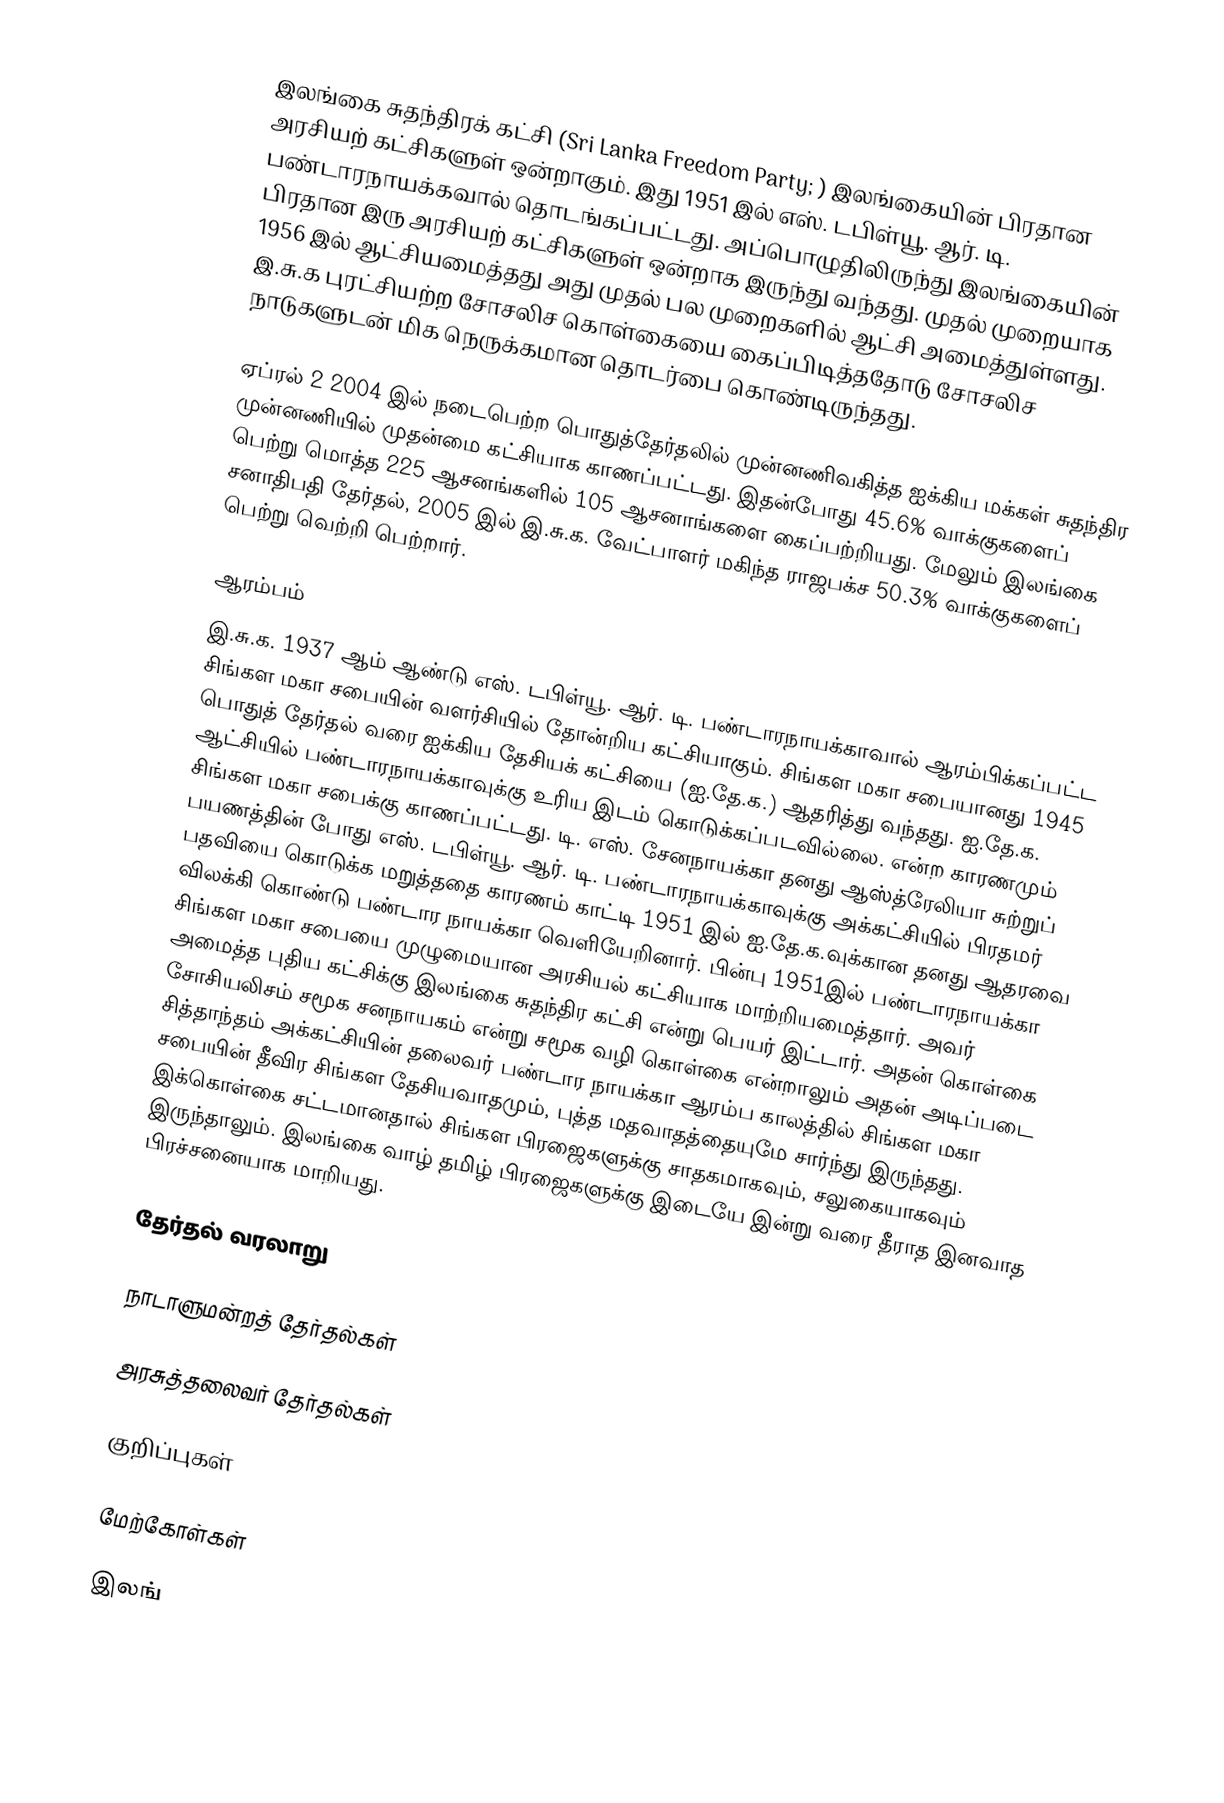
இலங்கை சுதந்திரக் கட்சி (Sri Lanka Freedom Party; ) இலங்கையின் பிரதான அரசியற் கட்சிகளுள் ஒன்றாகும். இது 1951 இல் எஸ். டபிள்யூ. ஆர். டி. பண்டாரநாயக்கவால் தொடங்கப்பட்டது. அப்பொழுதிலிருந்து இலங்கையின் பிரதான இரு அரசியற் கட்சிகளுள் ஒன்றாக இருந்து வந்தது. முதல் முறையாக 1956 இல் ஆட்சியமைத்தது அது முதல் பல முறைகளில் ஆட்சி அமைத்துள்ளது. இ.சு.க புரட்சியற்ற சோசலிச கொள்கையை கைப்பிடித்ததோடு சோசலிச நாடுகளுடன் மிக நெருக்கமான தொடர்பை கொண்டிருந்தது.

ஏப்ரல் 2 2004 இல் நடைபெற்ற பொதுத்தேர்தலில் முன்னணிவகித்த ஐக்கிய மக்கள் சுதந்திர முன்னணியில் முதன்மை கட்சியாக காணப்பட்டது. இதன்போது 45.6% வாக்குகளைப் பெற்று மொத்த 225 ஆசனங்களில் 105 ஆசனாங்களை கைப்பற்றியது. மேலும் இலங்கை சனாதிபதி தேர்தல், 2005 இல் இ.சு.க. வேட்பாளர் மகிந்த ராஜபக்ச 50.3% வாக்குகளைப் பெற்று வெற்றி பெற்றார்.

ஆரம்பம்
இ.சு.க. 1937 ஆம் ஆண்டு எஸ். டபிள்யூ. ஆர். டி. பண்டாரநாயக்காவால் ஆரம்பிக்கப்பட்ட சிங்கள மகா சபையின் வளர்சியில் தோன்றிய கட்சியாகும். சிங்கள மகா சபையானது 1945 பொதுத் தேர்தல் வரை ஐக்கிய தேசியக் கட்சியை (ஐ.தே.க.) ஆதரித்து வந்தது. ஐ.தே.க. ஆட்சியில் பண்டாரநாயக்காவுக்கு உரிய இடம் கொடுக்கப்படவில்லை. என்ற காரணமும் சிங்கள மகா சபைக்கு காணப்பட்டது. டி. எஸ். சேனநாயக்கா தனது ஆஸ்த்ரேலியா சுற்றுப் பயணத்தின் போது எஸ். டபிள்யூ. ஆர். டி. பண்டாரநாயக்காவுக்கு அக்கட்சியில் பிரதமர் பதவியை கொடுக்க மறுத்ததை காரணம் காட்டி 1951 இல் ஐ.தே.க.வுக்கான தனது ஆதரவை விலக்கி கொண்டு பண்டார நாயக்கா வெளியேறினார். பின்பு 1951இல் பண்டாரநாயக்கா சிங்கள மகா சபையை முழுமையான அரசியல் கட்சியாக மாற்றியமைத்தார். அவர் அமைத்த புதிய கட்சிக்கு இலங்கை சுதந்திர கட்சி என்று பெயர் இட்டார். அதன் கொள்கை சோசியலிசம் சமூக சனநாயகம் என்று சமூக வழி கொள்கை என்றாலும் அதன் அடிப்படை சித்தாந்தம் அக்கட்சியின் தலைவர் பண்டார நாயக்கா ஆரம்ப காலத்தில் சிங்கள மகா சபையின் தீவிர சிங்கள தேசியவாதமும், புத்த மதவாதத்தையுமே சார்ந்து இருந்தது. இக்கொள்கை சட்டமானதால் சிங்கள பிரஜைகளுக்கு சாதகமாகவும், சலுகையாகவும் இருந்தாலும். இலங்கை வாழ் தமிழ் பிரஜைகளுக்கு இடையே இன்று வரை தீராத இனவாத பிரச்சனையாக மாறியது.

தேர்தல் வரலாறு

நாடாளுமன்றத் தேர்தல்கள்

அரசுத்தலைவர் தேர்தல்கள்

குறிப்புகள்

மேற்கோள்கள்

இலங்